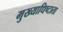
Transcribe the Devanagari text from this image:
मुख्याधिष्टाता